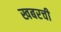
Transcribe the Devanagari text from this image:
खबरची